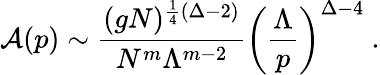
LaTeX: {\cal A}(p)\sim\frac{(gN)^{\frac{1}{4}(\Delta-2)}}{N^{m}\Lambda^{m-2}}\biggl(\frac{\Lambda}{p}\biggr)^{\Delta-4}\ .